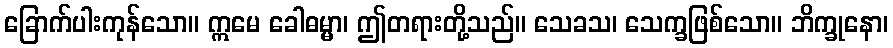
ခြောက်ပါးကုန်သော။ ဣမေ ခေါဓမ္မာ၊ ဤတရားတို့သည်။ သေခသ၊ သေက္ခဖြစ်သော။ ဘိက္ခုနော၊